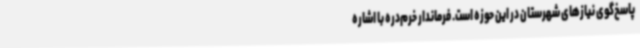
پاسخ‌گوی نیازهای شهرستان در این حوزه است. فرماندار خرم‌دره با اشاره